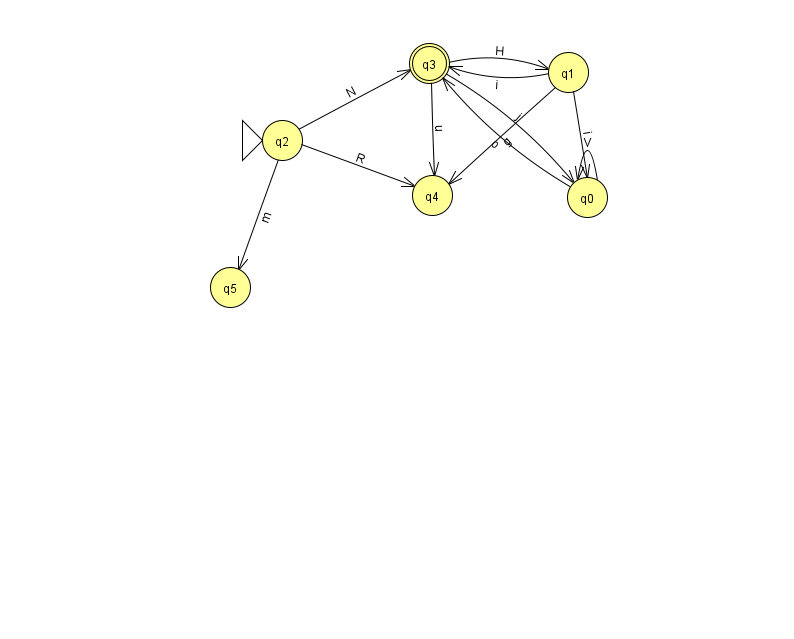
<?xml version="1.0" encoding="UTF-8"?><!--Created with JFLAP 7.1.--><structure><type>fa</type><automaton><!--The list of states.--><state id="0" name="q0"><x>587.0</x><y>184.0</y></state><state id="1" name="q1"><x>568.0</x><y>59.0</y></state><state id="2" name="q2"><x>282.0</x><y>127.0</y><initial/></state><state id="3" name="q3"><x>429.0</x><y>50.0</y><final/></state><state id="4" name="q4"><x>432.0</x><y>182.0</y></state><state id="5" name="q5"><x>230.0</x><y>274.0</y></state><!--The list of transitions.--><transition><from>0</from><to>3</to><read>o</read></transition><transition><from>3</from><to>0</to><read>j</read></transition><transition><from>3</from><to>1</to><read>H</read></transition><transition><from>1</from><to>3</to><read>i</read></transition><transition><from>0</from><to>0</to><read>V</read></transition><transition><from>1</from><to>4</to><read>g</read></transition><transition><from>3</from><to>4</to><read>u</read></transition><transition><from>1</from><to>0</to><read>i</read></transition><transition><from>2</from><to>4</to><read>R</read></transition><transition><from>2</from><to>5</to><read>m</read></transition><transition><from>2</from><to>3</to><read>N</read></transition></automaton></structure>